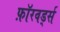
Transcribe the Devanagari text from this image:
फ़ॉरवर्ड्स